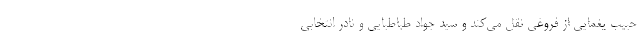
حبیب یغمایی از فروغی نقل می‌کند و سید جواد طباطبایی و نادر انتخابی